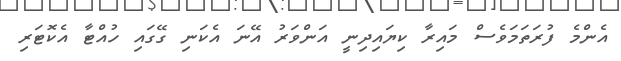
އެންމެ ފުރަތަމަވެސް މައިރާ ކިޔައިދިނީ އަންވަރު އޭނަ އެކަނި ގޭގައި ހުއްޓާ އެކޮޓަރި